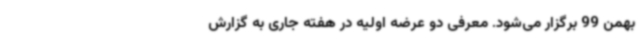
بهمن 99 برگزار می‌شود. معرفی دو عرضه اولیه در هفته جاری به گزارش